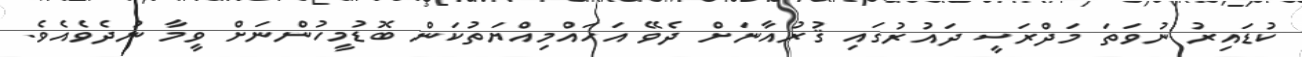
ކުޑައިރު ނުވަތަ މަދްރަސީ ދައުރުގައި ޤުރުއާނަށް ދެވޭ އަހައްމިއްޔަތުކަން ބޮޑުމީހުންނަށް ވީމާ ނުދެވެއެވެ.